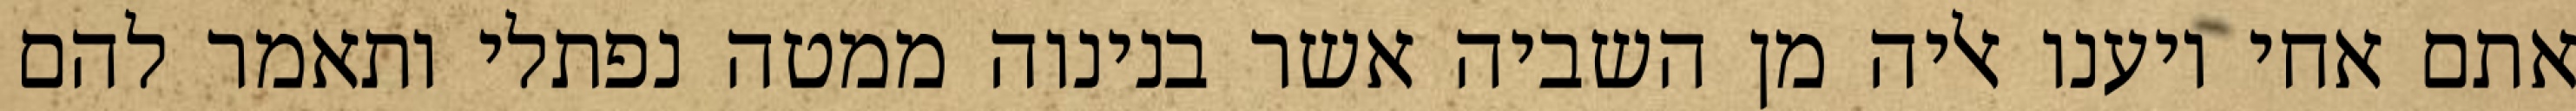
אתם אחי ויענו אליה מן השביה אשר בנינוה ממטה נפתלי ותאמר להם